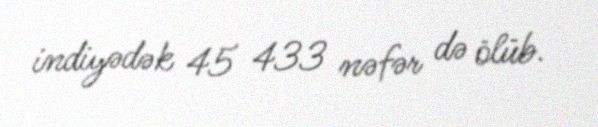
indiyədək 45 433 nəfər də ölüb.